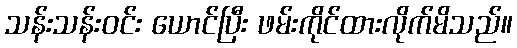
သန်းသန်းဝင်း ယောင်ပြီး ဖမ်းကိုင်ထားလိုက်မိသည်။